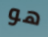
هو